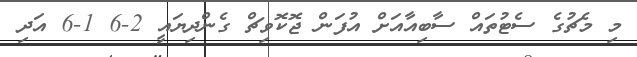
މި މެޗުގެ ސެޓުތައް ސާބިއާއަށް އުފަން ޖޮކޮވިޗް ގެންދިޔައީ 2-6 1-6 އަދި